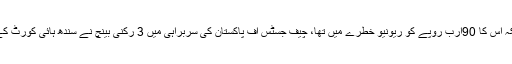
اجازت ملنے کے بعد ایف بی آر کو ریلیف ملا ہے کیونکہ اس کا 90ارب روپے کو ریونیو خطرے میں تھا، چیف جسٹس آف پاکستان کی سربراہی میں 3 رکنی بینچ نے سندھ ہائی کورٹ کے فیصلے کے خلاف حکومت کو عبوری ریلیف دے دیا۔